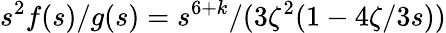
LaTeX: s^{2}f(s)/g(s)=s^{6+k}/(3\zeta^{2}(1-4\zeta/3s))